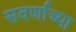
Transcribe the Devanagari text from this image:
सवर्णाच्या